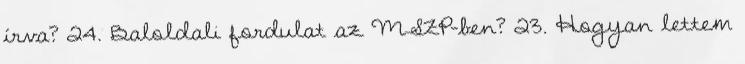
írva? 24. Baloldali fordulat az MSZP-ben? 23. Hogyan lettem